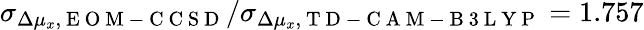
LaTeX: \sigma_{\Delta\mu_{x},\mathrm{~E~O~M~-~C~C~S~D~}}/\sigma_{\Delta\mu_{x},\mathrm{~T~D~-~C~A~M~-~B~3~L~Y~P~}}=1.757